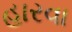
હારવા